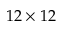
1 2 \times 1 2